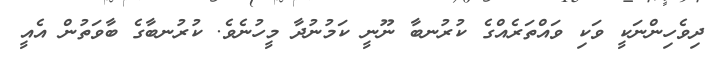
ދިވެހިންނަކީ ވަކި ވައްތަރެއްގެ ކުރުނބާ ނޫނީ ކަމުނުދާ މީހުނެވެ. ކުރުނބާގެ ބާވަތުން އެއީ